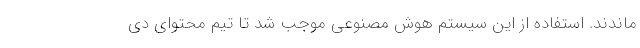
‌ماندند. استفاده از این سیستم هوش مصنوعی موجب شد تا تیم محتوای دی